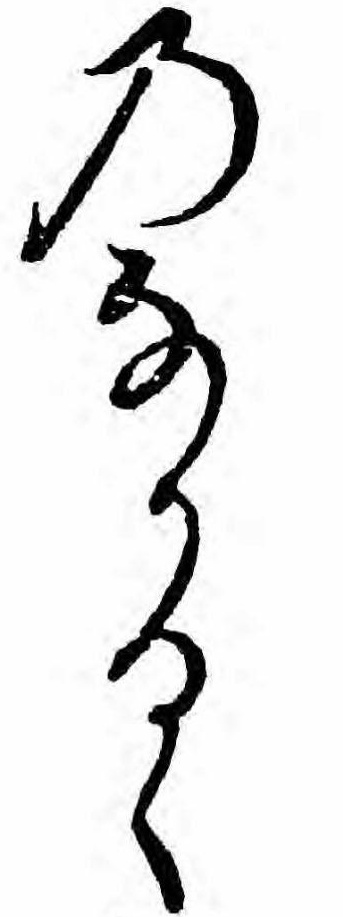
のなかるゝ